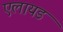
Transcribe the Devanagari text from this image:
एलायड